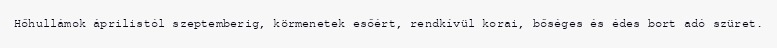
Hőhullámok áprilistól szeptemberig, körmenetek esőért, rendkívül korai, bőséges és édes bort adó szüret.